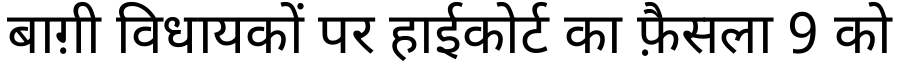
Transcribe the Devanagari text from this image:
बाग़ी विधायकों पर हाईकोर्ट का फ़ैसला 9 को